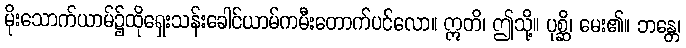
မိုးသောက်ယာမ်၌ထိုရှေးသန်းခေါင်ယာမ်ကမီးတောက်ပင်လော။ ဣတိ၊ ဤသို့။ ပုစ္ဆိ၊ မေး၏။ ဘန္တေ၊